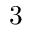
3